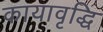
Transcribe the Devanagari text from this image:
कायावृद्धि